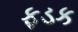
ફડક